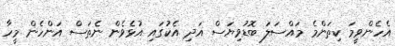
އެހެންވީމަ ކިތަންމެ މައްސަލަ ބޮޑުވިޔަސް އަދި އެކުގައި އުޅެވެން ނެތަސް އަންހެން މީހާ